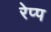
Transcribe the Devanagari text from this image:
रेप्प